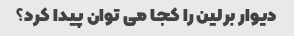
دیوار برلین را کجا می توان پیدا کرد؟